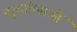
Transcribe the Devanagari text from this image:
नृत्‍यांगनाओं